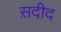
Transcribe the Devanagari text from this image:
स़दीद